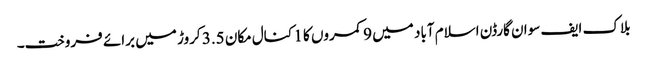
بلاک ایف سوان گارڈن اسلام آباد میں 9 کمروں کا 1 کنال مکان 3.5 کروڑ میں برائے فروخت۔